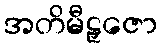
အတိမီဠှဇော